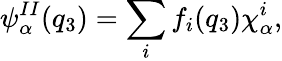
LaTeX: \psi_{\alpha}^{II}(q_{3})=\sum_{i}f_{i}(q_{3})\chi_{\alpha}^{i},